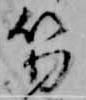
笏